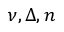
\nu , \Delta , n